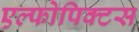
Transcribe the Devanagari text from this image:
एल्फोपिक्टस